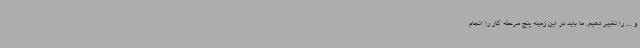
و ... را تغییر دهیم. ما باید در این زمینه پنج مرحله کار را انجام